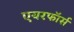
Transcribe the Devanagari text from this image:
एयरफॉर्स